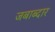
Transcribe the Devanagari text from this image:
जबाब्दार